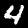
Digit: 4